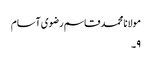
مولانا محمد قاسم رضوی آسام
۹۔